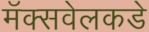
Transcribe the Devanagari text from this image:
मॅक्सवेलकडे